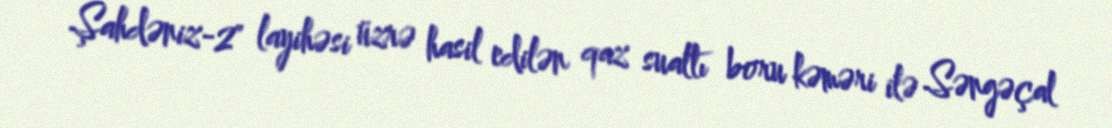
Şahdəniz-2" layihəsi üzrə hasil edilən qaz sualtı boru kəməri ilə Səngəçal